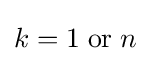
k=1\;{\text{or}}\;n